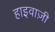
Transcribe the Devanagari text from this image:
हाइवाज़ी